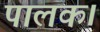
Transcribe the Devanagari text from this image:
पालक।